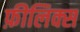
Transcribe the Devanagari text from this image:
फ़ीलिक्स